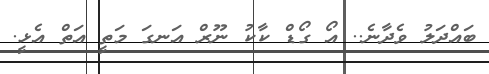
ބައްދަލު ވެދާނެ.. އޯ ގޯޑް ކާކު ނޫރް އަނގަ މަތީ އަތް އެޅީ.